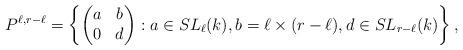
LaTeX: \begin{align*}P^{\ell, r-\ell}=\left\{\begin{pmatrix} a & b\\0 & d\end{pmatrix}: a \in SL_\ell(k), b = \ell \times (r-\ell), d\in SL_{r-\ell}(k)\right\},\end{align*}